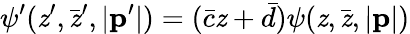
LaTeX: \psi^{\prime}(\mathit{z}^{\prime},\bar{{\mathit{z}}}^{\prime},|{\mathbf{p}}^{\prime}|)=(\bar{{c}}\mathit{z}+\bar{{d}})\psi(\mathit{z},\bar{{\mathit{z}}},|{\mathbf{p}}|)